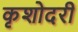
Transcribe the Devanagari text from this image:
कृशोदरी